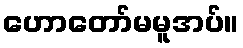
ဟောတော်မမူအပ်။